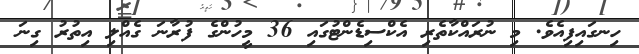
ހިނގައިފިއެވެ. މި ނުރައްކާތެރި އެކްސިޑެންޓުގައި 36 މީހުންގެ ފުރާނަ ގެއްލި އިތުރު ގިނަ